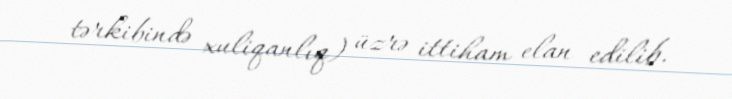
tərkibində xuliqanlıq) üzrə ittiham elan edilib.